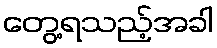
တွေ့ရသည့်အခါ